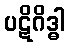
ပဋိဂိဒ္ဓါ